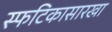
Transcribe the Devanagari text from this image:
स्फटिकासारखा